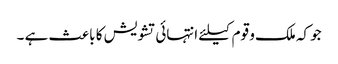
جو کہ ملک و قوم کیلئے انتہائی تشویش کا باعث ہے ۔